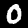
Digit: 0